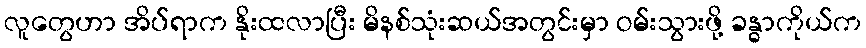
လူတွေဟာ အိပ်ရာက နိုးထလာပြီး မိနစ်သုံးဆယ်အတွင်းမှာ ဝမ်းသွားဖို့ ခန္ဓာကိုယ်က